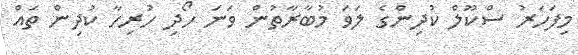
މިފަހަރު ސްކޫލް ކުދިންގެ ލަވަ މުބާރާތުން ވަނަ ހޯދި ހުރިހާ ކުދިން ތައް